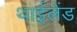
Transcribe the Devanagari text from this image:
थाईलेंड